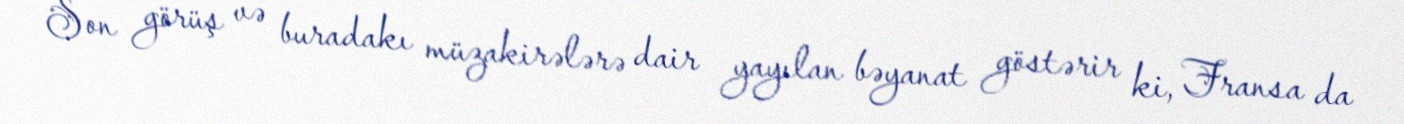
Son görüş və buradakı müzakirələrə dair yayılan bəyanat göstərir ki, Fransa da